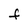
Character: F